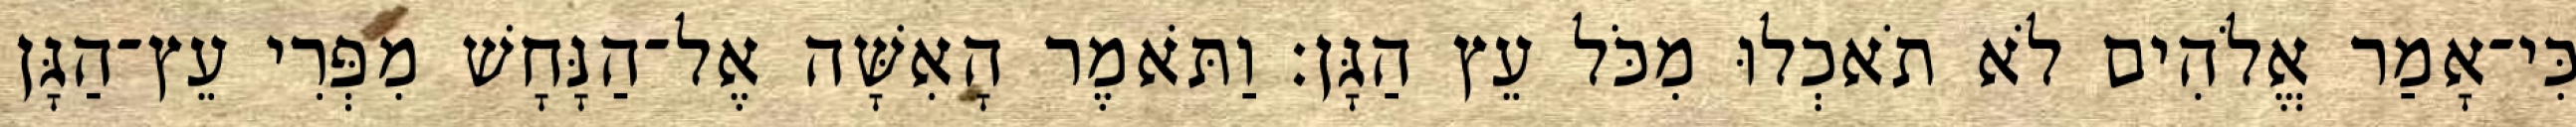
כִּי־אָמַר אֱלֹהִים לֹא תֹאכְלוּ מִכֹּל עֵץ הַגָּן׃ וַתֹּאמֶר הָאִשָּׁה אֶל־הַנָּחָשׁ מִפְּרִי עֵץ־הַגָּן